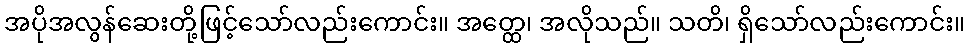
အပိုအလွန်ဆေးတို့ဖြင့်သော်လည်းကောင်း။ အတ္ထေ၊ အလိုသည်။ သတိ၊ ရှိသော်လည်းကောင်း။